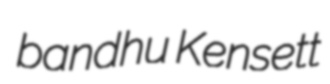
bandhu Kensett